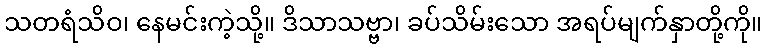
သတရံသိဝ၊ နေမင်းကဲ့သို့။ ဒိသာသဗ္ဗာ၊ ခပ်သိမ်းသော အရပ်မျက်နှာတို့ကို။